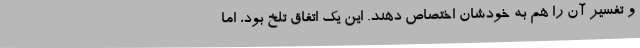
و تفسیر آن را هم به خودشان اختصاص دهند. این یک اتفاق تلخ بود، اما